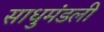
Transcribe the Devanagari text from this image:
साधुमंडली